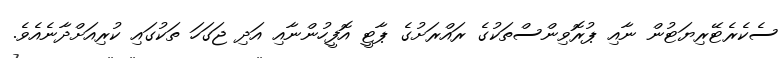
ސެކެރެޓޭރިޔަޓުން ނާއި ޕުރޮވިންސްތަކުގެ ރައްރަށުގެ ޕާޓީ އޮފީހުންނާއި އަދި ޖަގަހަ ތަކުގައި ކުރިއަށްދާނެއެވެ.